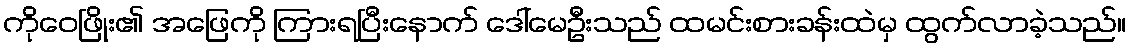
ကိုဝေဖြိုး၏ အဖြေကို ကြားရပြီးနောက် ဒေါ်မေဦးသည် ထမင်းစားခန်းထဲမှ ထွက်လာခဲ့သည်။